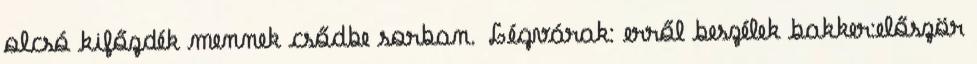
olcsó kifőzdék mennek csődbe sorban. Légvárak: erről beszélek bakker:először